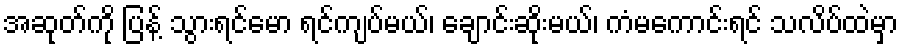
အဆုတ်ကို ပြန့် သွားရင်မော ရင်ကျပ်မယ်၊ ချောင်းဆိုးမယ်၊ ကံမကောင်းရင် သလိပ်ထဲမှာ